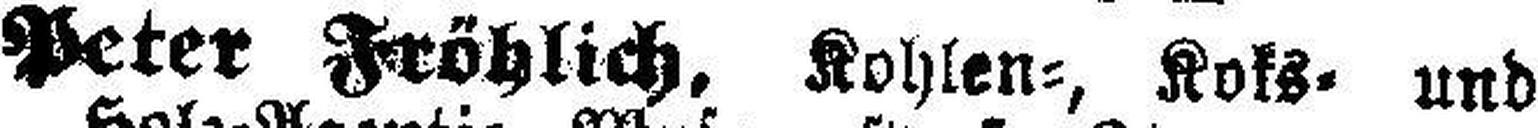
Peter Fröhlich. Kohlen-, Koks= und